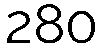
280